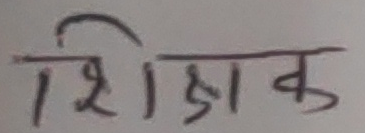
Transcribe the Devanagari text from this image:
शिक्षक